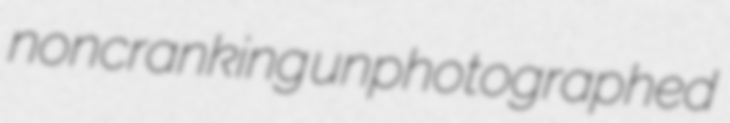
noncranking unphotographed